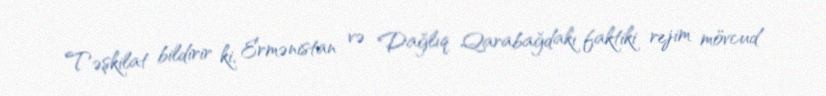
Təşkilat bildirir ki, Ermənistan və Dağlıq Qarabağdakı faktiki rejim mövcud